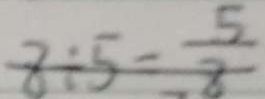
8 \div 5 = \frac { 5 } { 8 }